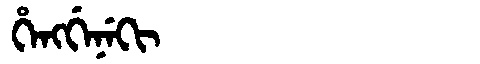
Manchu: ᡥᡝᠩᡤᡝᠨᡝᡴᡳ
Romanization: HENGGENEKI